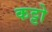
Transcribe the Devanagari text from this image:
कट्टो